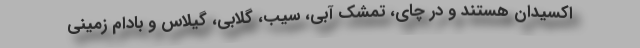
اکسیدان هستند و در چای، تمشک آبی، سیب، گلابی، گیلاس و بادام زمینی